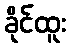
ခိုင်ထူး